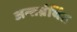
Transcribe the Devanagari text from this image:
अन्‍तग्रंर्थित